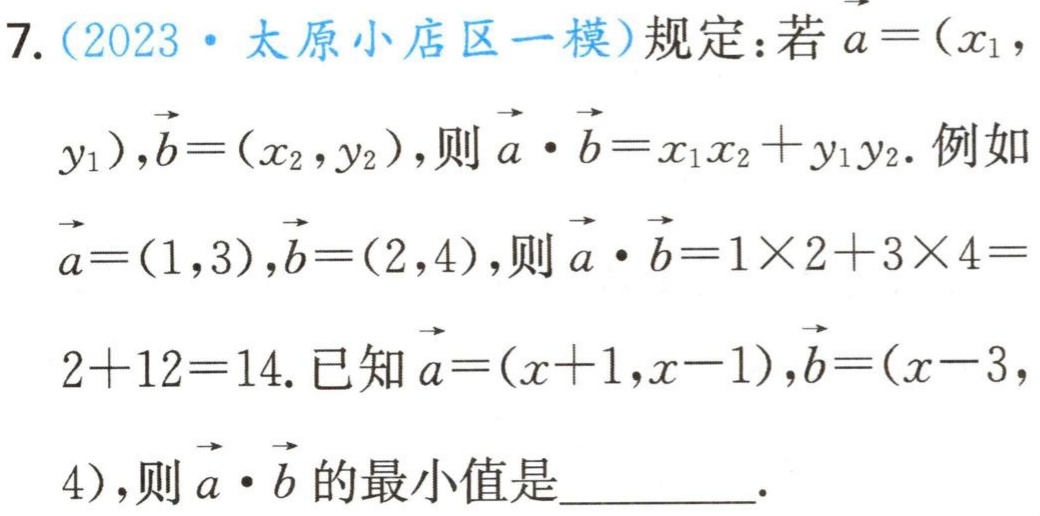
7.（2023·太原小店区一模）规定：若$\vec{a}=(x_1,$
$y_1),\vec{b}=(x_2,y_2),则\vec{a}\cdot\vec{b}=x_1x_2 + y_1y_2.$例如
$\vec{a}=(1,3),\vec{b}=(2,4),则\vec{a}\cdot\vec{b}=1\times2 + 3\times4=$
$2 + 12 = 14.$已知$\vec{a}=(x + 1,x - 1),\vec{b}=(x - 3,$
$4),则\vec{a}\cdot\vec{b}$的最小值是_________.